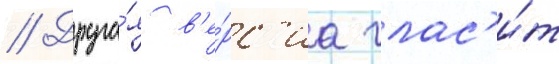
// Друга́я в'е́рс'иа глас'и́т